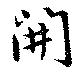
開